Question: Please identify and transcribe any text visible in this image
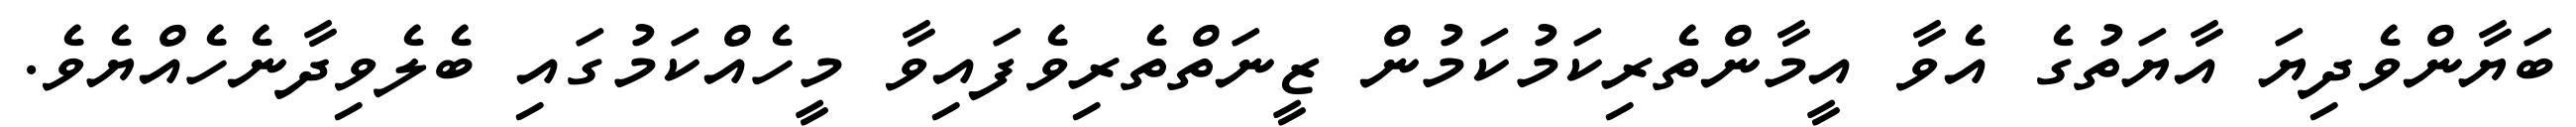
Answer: ބަޔާންވެދިޔަ އާޔަތުގެ އެވާ އީމާންތެރިކަމުކަމުން ޒީނަތްތެރިވެފައިވާ މީހެއްކަމުގައި ބެލެވިދާނެހެއްޔެވެ.